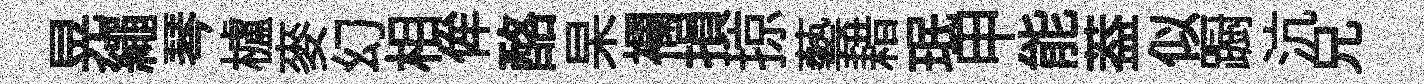
晃繩琴櫨麥幻相侔酪杲襴損掠藝耤珉甲能葢似蹰沆兄